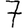
Digit: 7